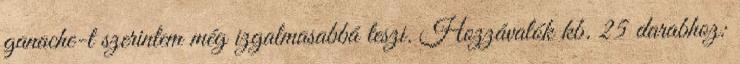
ganache-t szerintem még izgalmasabbá teszi. Hozzávalók kb. 25 darabhoz: